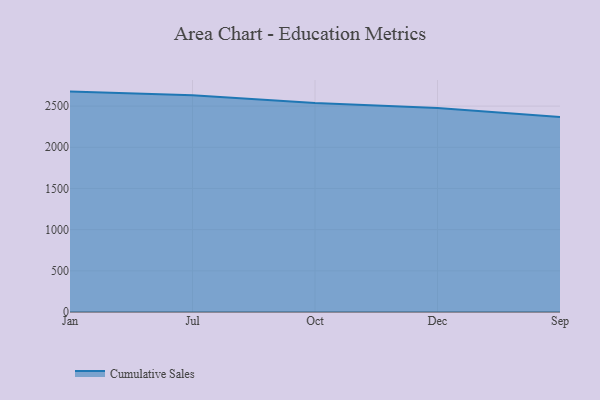
{"axis": {"x": "Month", "y": "Waste Production (Tons)"}, "legend": ["Cumulative Sales"], "data": [{"x": "Jan", "y": 2676.3, "type": "Cumulative Sales"}, {"x": "Jul", "y": 2632.6, "type": "Cumulative Sales"}, {"x": "Oct", "y": 2536.7, "type": "Cumulative Sales"}, {"x": "Dec", "y": 2478.4, "type": "Cumulative Sales"}, {"x": "Sep", "y": 2368.8, "type": "Cumulative Sales"}]}